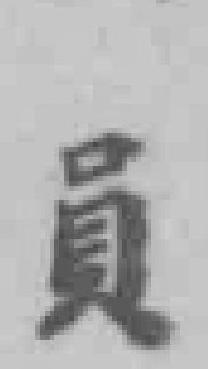
員